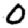
Digit: 0